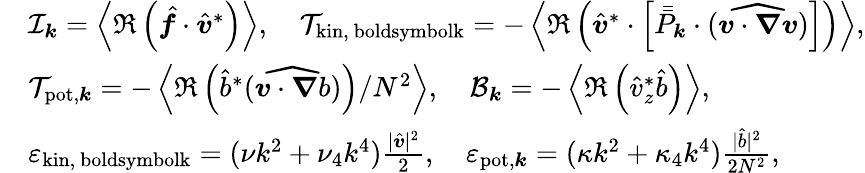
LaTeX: \begin{array}{rl}&{\mathcal{I}_{\boldsymbol{k}}=\left\langle\Re\left(\hat{\boldsymbol{f}}\cdot\hat{\boldsymbol{v}}^{*}\right)\right\rangle,~~~~\mathcal{T}_{\mathrm{kin,\ boldsymbol{k}}}=-\left\langle\Re\left(\hat{\boldsymbol{v}}^{*}\cdot\left[\bar{\bar{P}}_{\boldsymbol{k}}\cdot(\widehat{\boldsymbol{v}\cdot\boldsymbol{\nabla}\boldsymbol{v}})\right]\right)\right\rangle,}\\ &{\mathcal{T}_{\mathrm{pot},\boldsymbol{k}}=-\left\langle\Re\left(\hat{b}^{*}(\widehat{\boldsymbol{v}\cdot\boldsymbol{\nabla}b})\right)/N^{2}\right\rangle,~~~~\mathcal{B}_{\boldsymbol{k}}=-\left\langle\Re\left(\hat{v}_{z}^{*}\hat{b}\right)\right\rangle,}\\ &{\varepsilon_{\mathrm{kin,\ boldsymbol{k}}}=(\nu k^{2}+\nu_{4}k^{4})\frac{|\hat{\boldsymbol{v}}|^{2}}{2},~~~~\varepsilon_{\mathrm{pot},\boldsymbol{k}}=(\kappa k^{2}+\kappa_{4}k^{4})\frac{|\hat{b}|^{2}}{2N^{2}},}\end{array}